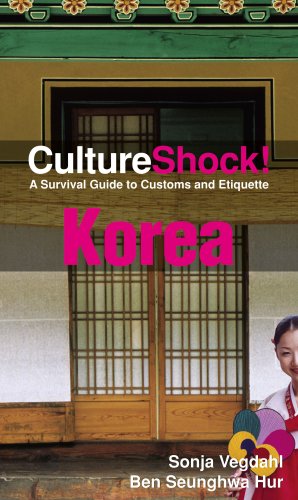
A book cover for CultureShock! Korea: A Survival Guide to Customs and Etiquette (Cultureshock Korea: A Survival Guide to Customs & Etiquette); Sonja Vegdahl; Travel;